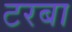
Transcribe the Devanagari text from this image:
टरबा